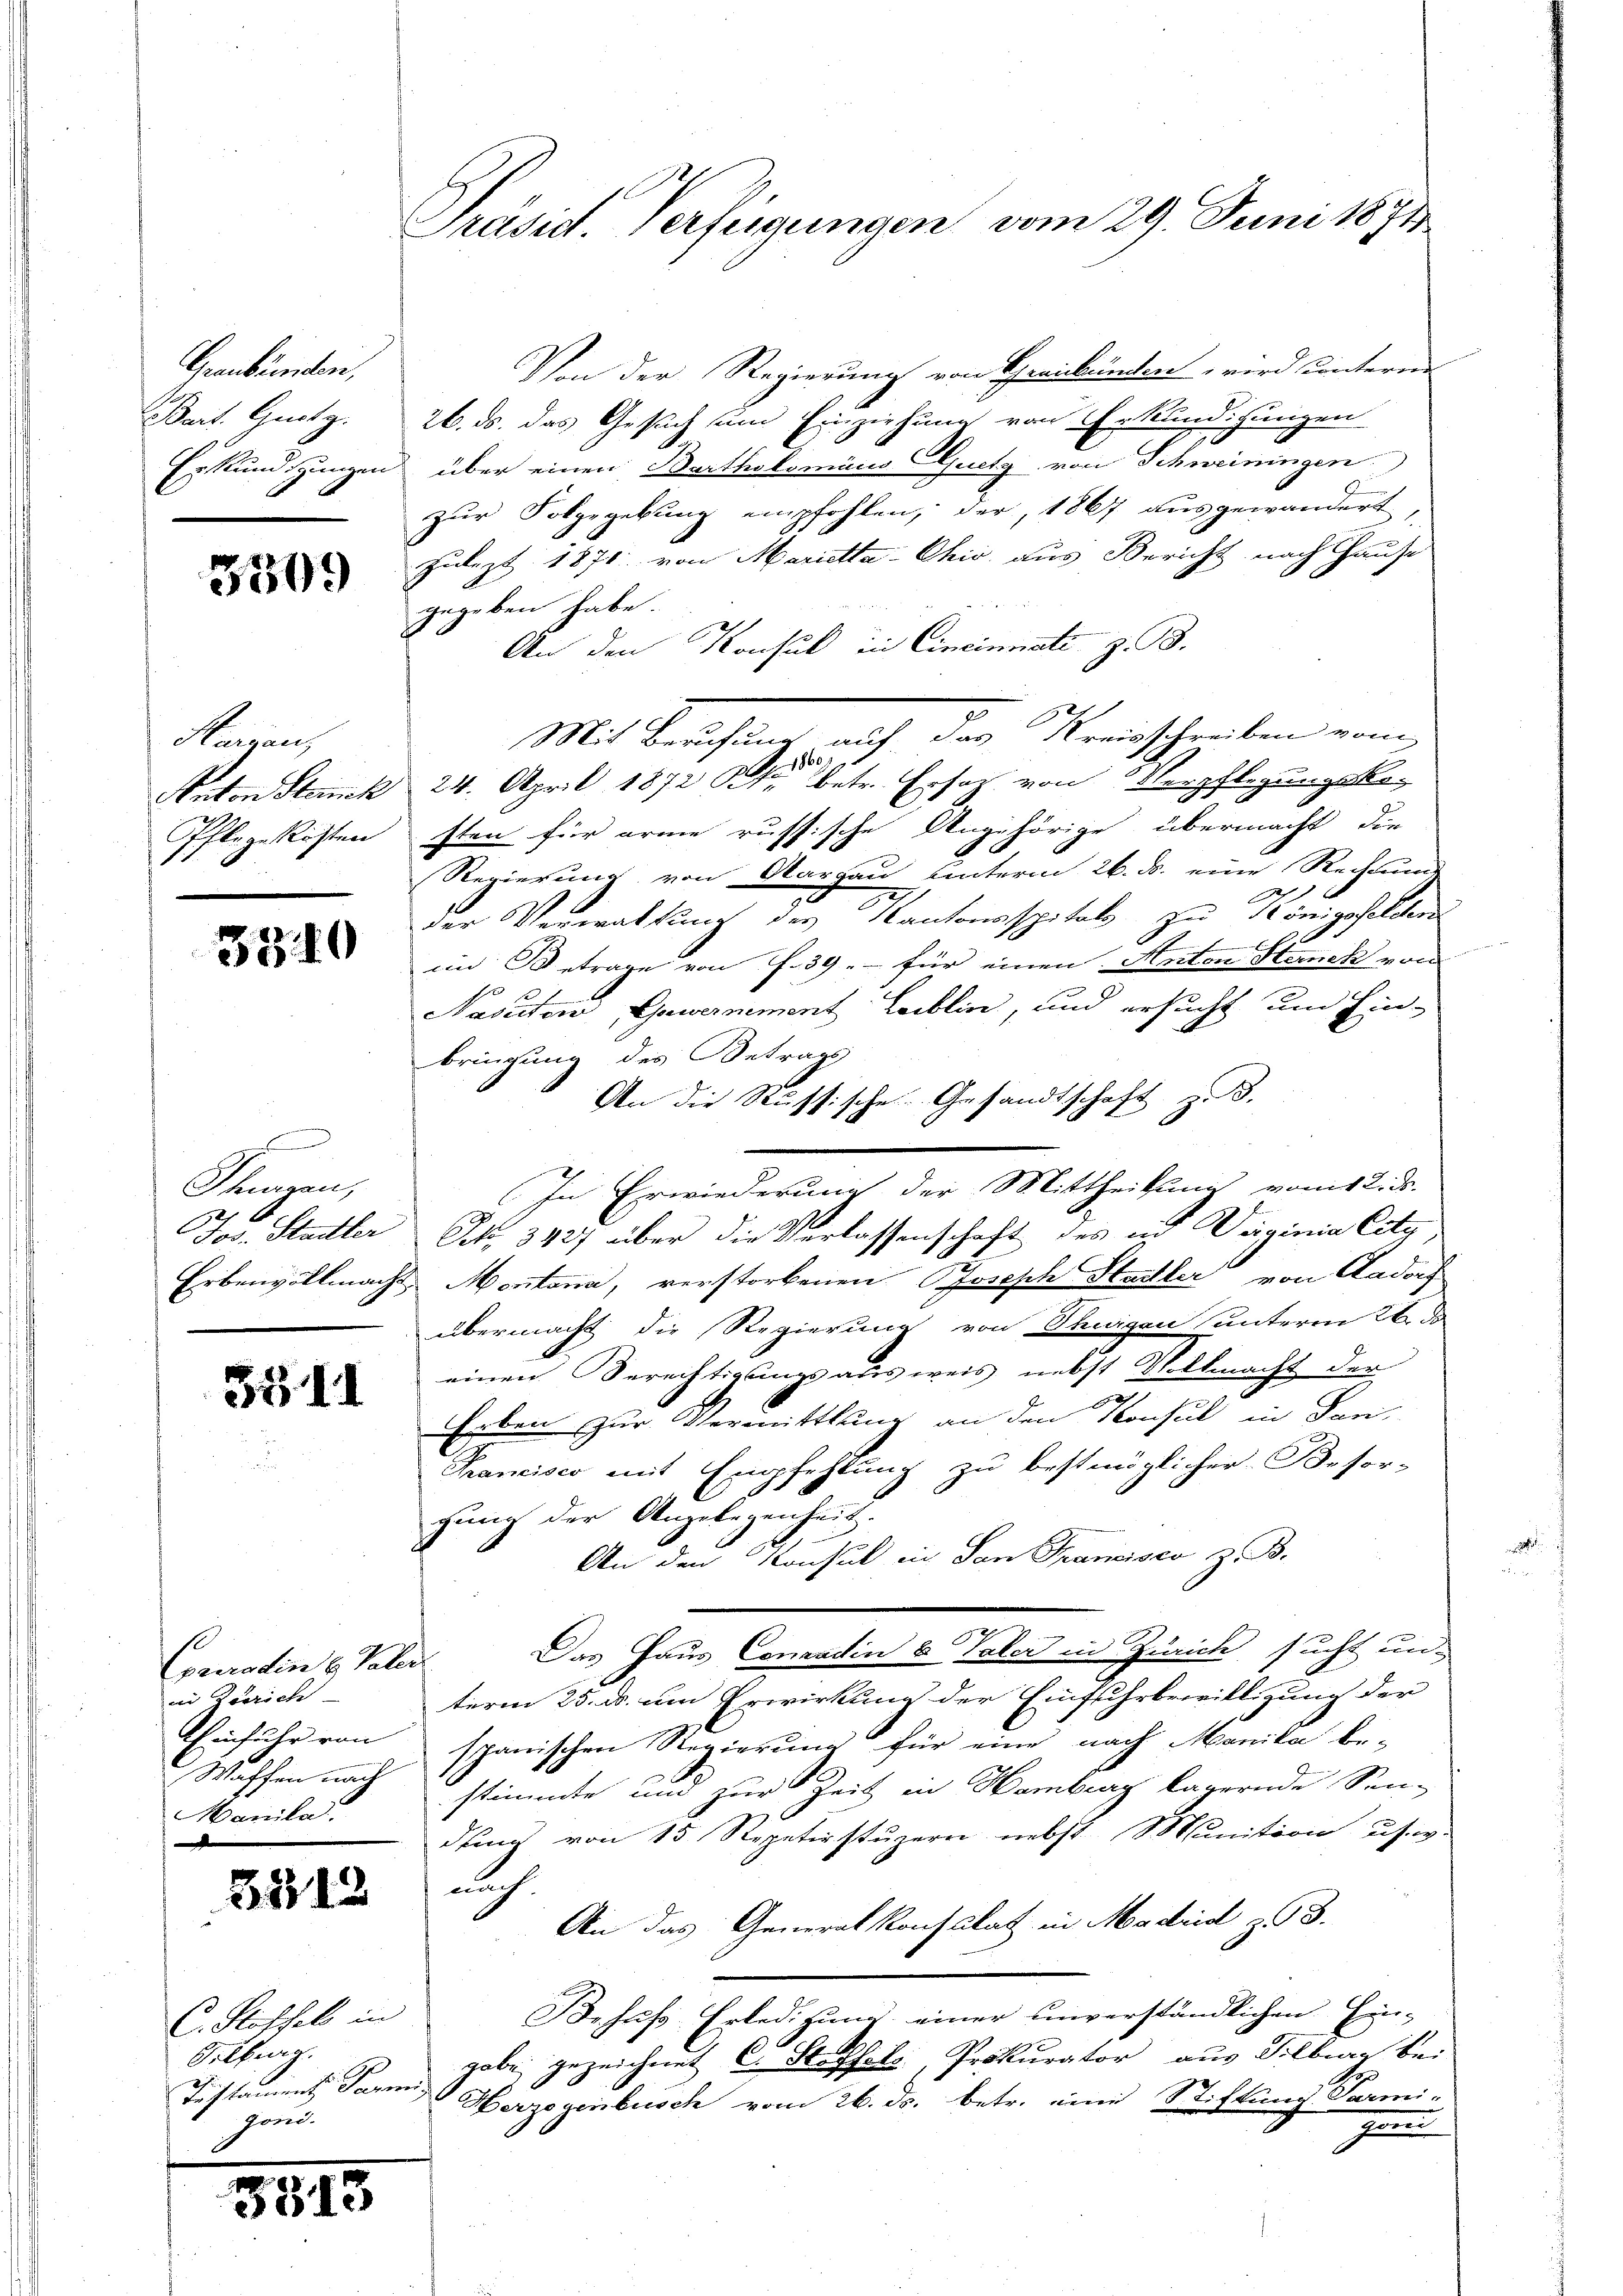
Graubünden,
Bait. Guetz.

3309

Kaisen,

3310

Scharen,
b.

3341

Conradin u. Paler
in Zürich
Manila

5512

C. Stoffel in
Pelburg.
Testament Paren,
goni.

3515

Präsid. Verfügungen vom 29. Juni 1871

Von der Regierung von Graubünden, wird unterne
26. ds. das Gesuch um Einziehung von Erkundigungen
Erkundigungen über einen Bartholomino Ouchy von Schweiningen
zur Folgegebung empfohlen, der, 1867 ausgewandert,
Zulezt 1871 von Marietta-Chio, aus Bericht nach Hause
gegeben habe.
An den Konsul in Cincinati z. B.
Pflegekosten sten für arme russische Angehörige übermacht, die
e
Regierung von Aargau unterm 26. d. eine Rechnung
der Verwaltung des Kantonsspitals zu Königsfelden
im Betrage von f. 39 - für einen Anton Sternik von
Nasutow Cawernement Leiblin, und ersucht und Ein-
bringung des Betrags
An die Russische Gesandtschaft z. B.
Jos. Stadler Sch. 3427 über die Verlassenschaft des in Verginia City
Erbenvollmacht Montana, verstorbenen Jostsch Stadler von Aadorf
übermacht die Regierung von Thurgau unterm 26. d
einen Berechtigungsausweis nebst Vollmacht der
Erben zur Vermittlung an den Konsul in Dan
Krancises mit Empfehlung zu bestmöglicher Besor-
gŭng der Angelegenheit.
An den Konsul in San Francisco z. B.
Das Haus Conradin u Paler in Zürich sucht un-
term 25. ds. um Erwirkung der Einfuhrbewilligung der
Ehinfuhr von spanischen Regierung für eine nach Manila be-
Waffen nach stimmte und zur Zeit in Hamburg lägernde Sendung von 15 Repetirstŭzern nebst Munition usw
auch
An das Generalkonsulat in Madrid z. 93.
Jehufs Erledigung einer unverständlichen Ein-
gabe gezeichnet C. Stoffels, Prokurator aus Silberg bei
Herzogenbusch vom 26. ds. betr. eine Stiftung Parmi-
g

Mit Berichtung auf den Kreischeiben vom
18
Anton Steinek 24. April 1872 Kr. betr. Ersatz von Verpflegungsko-

In Erwiederung der Mittheilung vom 12. ds.